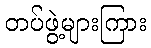
တပ်ဖွဲ့များကြား